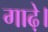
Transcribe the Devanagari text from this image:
गाढ़े।